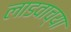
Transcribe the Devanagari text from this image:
लाडवाच्या